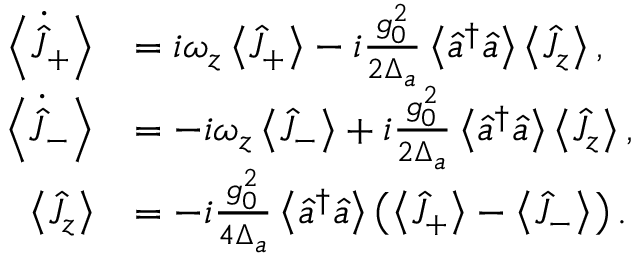
\begin{array} { r l } { \left\langle \dot { \hat { J } } _ { + } \right\rangle } & { = i \omega _ { z } \left\langle \hat { J } _ { + } \right\rangle - i \frac { g _ { 0 } ^ { 2 } } { 2 \Delta _ { a } } \left\langle \hat { a } ^ { \dagger } \hat { a } \right\rangle \left\langle \hat { J } _ { z } \right\rangle , } \\ { \left\langle \dot { \hat { J } } _ { - } \right\rangle } & { = - i \omega _ { z } \left\langle \hat { J } _ { - } \right\rangle + i \frac { g _ { 0 } ^ { 2 } } { 2 \Delta _ { a } } \left\langle \hat { a } ^ { \dagger } \hat { a } \right\rangle \left\langle \hat { J } _ { z } \right\rangle , } \\ { \left\langle \hat { J } _ { z } \right\rangle } & { = - i \frac { g _ { 0 } ^ { 2 } } { 4 \Delta _ { a } } \left\langle \hat { a } ^ { \dagger } \hat { a } \right\rangle \left( \left\langle \hat { J } _ { + } \right\rangle - \left\langle \hat { J } _ { - } \right\rangle \right) . } \end{array}